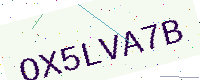
Text: OX5LVA7B